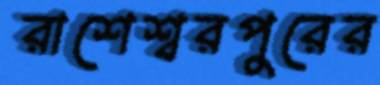
রাশেশ্বরপুরের